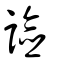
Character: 譣